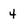
Character: 4